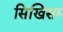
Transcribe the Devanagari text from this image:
सिखिसम्‍